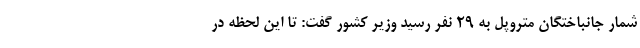
شمار جانباختگان متروپل به ۲۹ نفر رسید وزیر کشور گفت: تا این لحظه در